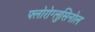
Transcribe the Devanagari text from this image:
फ्लोरोग्लुसिनोल